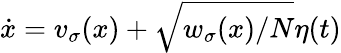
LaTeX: \dot{x}=v_{\sigma}(x)+\sqrt{w_{\sigma}(x)/N}\eta(t)